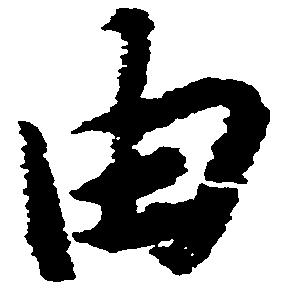
由